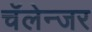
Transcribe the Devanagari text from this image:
चॅलेन्जर